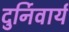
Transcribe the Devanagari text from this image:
दुर्निवार्य